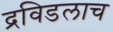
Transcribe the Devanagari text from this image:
द्रविडलाच